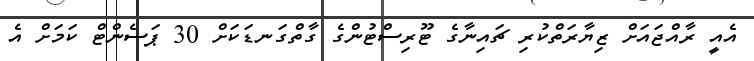
އެއީ ރާއްޖައަށް ޒިޔާރަތްކުރި ޗައިނާގެ ޓޫރިސްޓުންގެ ގާތްގަނޑަކަށް 30 ޕަސެންޓް ކަމަށް އެ